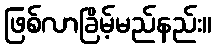
ဖြစ်လာခြိမ့်မည်နည်း။